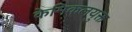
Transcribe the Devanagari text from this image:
केमिकलयुक्त